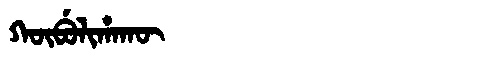
Manchu: ᡴᡡᠪᡠᠯᡳᡥᠠᡴᡡ
Romanization: KŪBULIHAKŪ